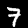
Label: 7